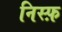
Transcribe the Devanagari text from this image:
निस्फ़